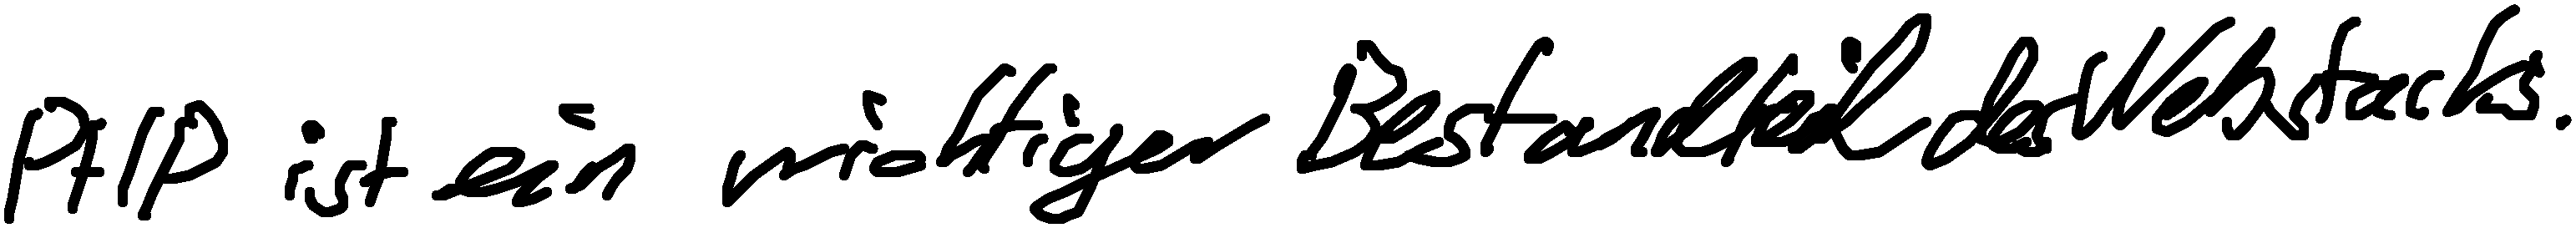
PHP ist ein wichtiger Bestandteil des Webstacks.